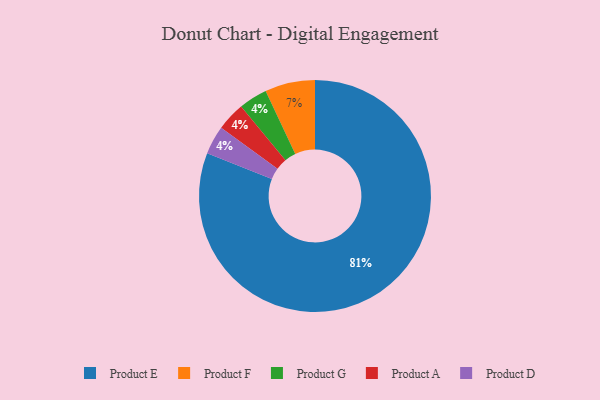
{"axis": {"x": "Category", "y": "Percentage"}, "legend": ["Product A", "Product D", "Product E", "Product F", "Product G"], "data": [{"x": "Product F", "y": 7, "type": "Product F"}, {"x": "Product G", "y": 4, "type": "Product G"}, {"x": "Product A", "y": 4, "type": "Product A"}, {"x": "Product E", "y": 81, "type": "Product E"}, {"x": "Product D", "y": 4, "type": "Product D"}]}